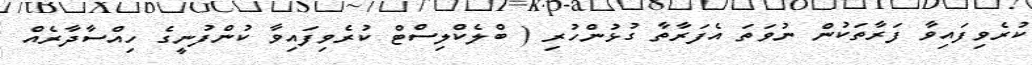
ކުރެވިފައިވާ ފަރާތަކުން ނުވަތަ އެފަރާތާ ގުޅުންހުރި ( ބްލެކްލިސްޓް ކުރެވިފައިވާ ކުންފުނީގެ ހިއްސާދާރެއް